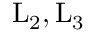
\mathrm { L _ { 2 } , L _ { 3 } }